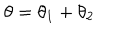
LaTeX: \theta = \theta _ { 1 } + \theta _ { 2 }